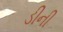
ડીની